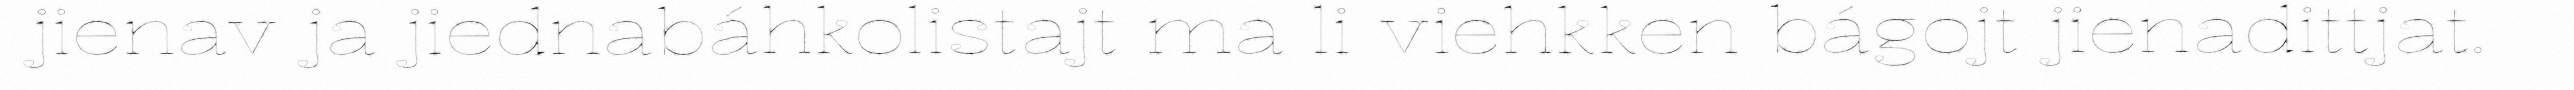
jienav ja jiednabáhkolistajt ma li viehkken bágojt jienadittjat.